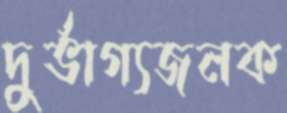
দুর্ভাগ্যজনক